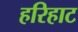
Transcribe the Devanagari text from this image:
हरिहाट